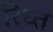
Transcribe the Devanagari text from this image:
रिघ्त